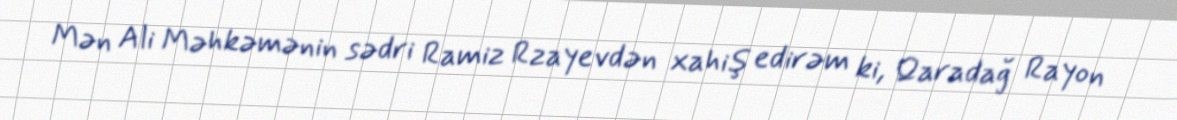
Mən Ali Məhkəmənin sədri Ramiz Rzayevdən xahiş edirəm ki, Qaradağ Rayon